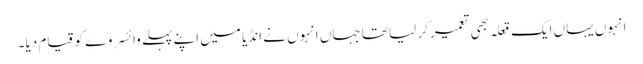
انہوں یہاں ایک قعلہ بھی تعمیر کر لیا تھا جہاں انہوں نے انڈیا میں اپنے پہلے وائسروے کو قیام دیا۔